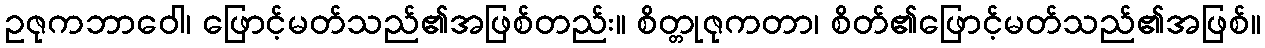
ဥဇုကဘာဝေါ၊ ဖြောင့်မတ်သည်၏အဖြစ်တည်း။ စိတ္တုဇုကတာ၊ စိတ်၏ဖြောင့်မတ်သည်၏အဖြစ်။